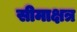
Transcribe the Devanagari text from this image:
सीमाक्षत्र